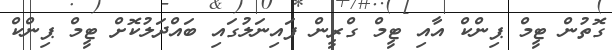
ގޮތުން ޓީމް ޕިންކް އާއި ޓީމް ގްރީން ފައިނަލުގައި ބައްދަލުކޮށް ޓީމް ޕިންކް